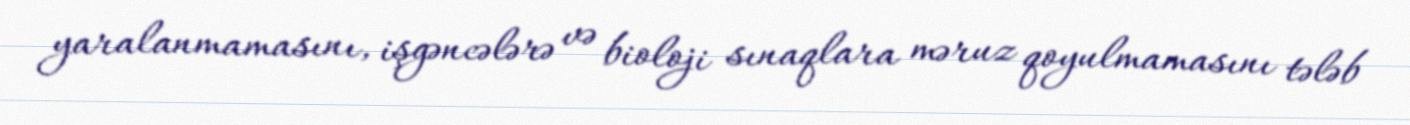
yaralanmamasını, işgəncələrə və bioloji sınaqlara məruz qoyulmamasını tələb